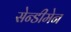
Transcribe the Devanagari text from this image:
सेन्डीमेन